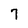
Character: 7